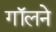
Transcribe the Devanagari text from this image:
गॉलने